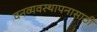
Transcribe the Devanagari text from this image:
वनव्यवस्थापनासाठी